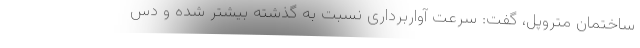
ساختمان متروپل، گفت: سرعت آواربرداری نسبت به گذشته بیشتر شده و دس